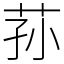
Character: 荪